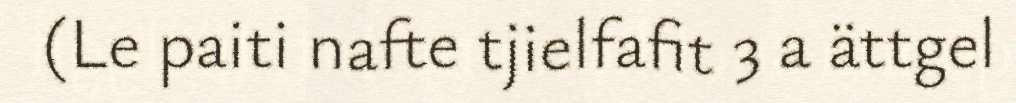
(Le paiti nafte tjielfafit 3 a ättgel